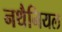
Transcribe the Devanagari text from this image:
नथैनियल